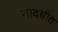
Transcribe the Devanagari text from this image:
नादधीत